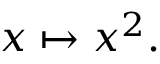
x \mapsto x ^ { 2 } .